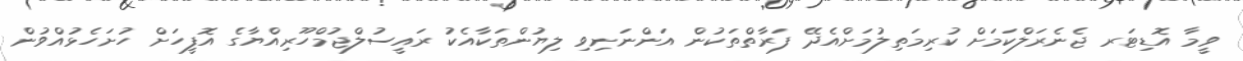
ވީމާ އޮޑިޓަރ ޖެނެރަލްކަމަށް ކުރިމަތިލުމަށްއެދޭ ފަރާތްތަކުން އަންނަނިވި ލިޔުންތަކާއެކު ރައީސުލްޖުމްހޫރިއްޔާގެ އޮފީހަށް ހުށަހެޅުއްވުން